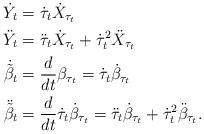
LaTeX: \begin{align*}\dot Y_t &= \dot \tau_t \dot X_{\tau_t}\\\ddot Y_t &= \ddot \tau_t \dot X_{\tau_t}+ \dot \tau_t^2 \ddot X_{\tau_t}\\\dot{\tilde\beta}_t &= \frac{d}{dt} \beta_{\tau_t} = \dot \tau_t\dot{\beta}_{\tau_t} \\\ddot {\tilde\beta}_t &= \frac{d}{dt} \dot \tau_t \dot \beta_{\tau_t} = \ddot \tau_t \dot \beta_{\tau_t} + \dot \tau_t^2\ddot \beta_{\tau_t}.\end{align*}